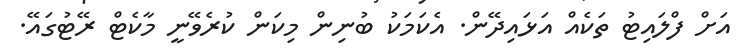
އަށް ފްލައިޓު ތަކެއް އަޅައިދޭން. އެކަމަކު ބުނިން މިކަން ކުރެވޭނީ މާކެޓް ރޭޓުގައޭ.